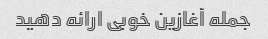
جمله آغازین خوبی ارائه دهید